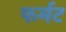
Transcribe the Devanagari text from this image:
फर्मट